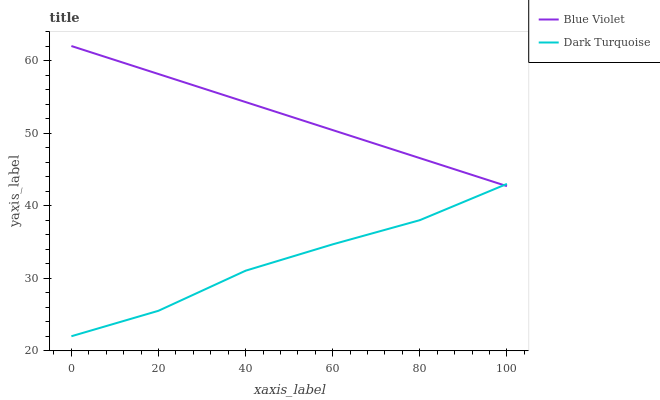
| xaxis_label | Blue Violet | Dark Turquoise |
 | --- | --- | --- |
 | 0 | 62 | 22 |
 | 20 | 58.1 | 25.5 |
 | 40 | 54.3 | 31 |
 | 60 | 50.4 | 34.7 |
 | 80 | 46.6 | 38 |
 | 100 | 42.7 | 43 |